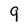
Character: 9